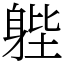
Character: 𨉉